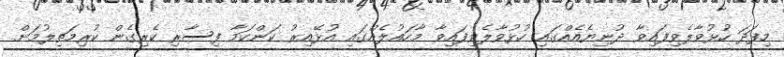
މިފަދަ ހުޅުވާލެވިފައިވާ ދުނިޔެއެއްގައި ހުޅުވާލެވިފައިވާ މާހައުލެއްގައި އުޅޭއިރު ކަންކަމާ ފިސާރި ކެރިގެން ކުރިމަތިލުމަށް